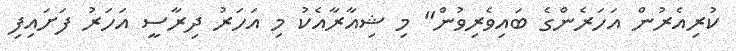
ކުރިއެރުން އަހަރެންގެ ބައިވެރިވުން" މި ޝިއާރާއެކު މި އަހަރު ދިރާސީ އަހަރު ފަށައިފި